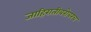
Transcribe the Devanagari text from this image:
जाहिरातीबरोबरच